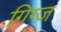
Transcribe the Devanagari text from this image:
गिग्ज़